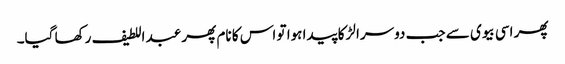
پھر اسی بیوی سے جب دوسرا لڑکا پیدا ہوا تو اس کا نام پھر عبد اللطیف رکھا گیا۔